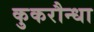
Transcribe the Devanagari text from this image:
कुकरौन्धा